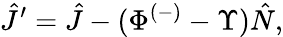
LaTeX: \hat{J}^{\prime}=\hat{J}-(\Phi^{(-)}-\Upsilon)\hat{N},